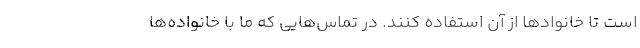
است تا خانواد‌ها از آن استفاده کنند. در تماس‌هایی که ما با خانواده‌ها